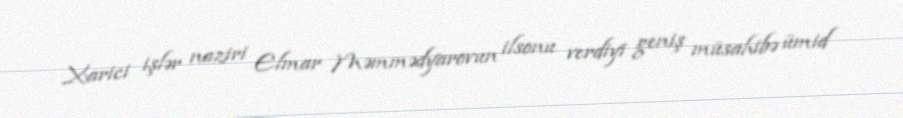
Xarici işlər naziri Elmar Məmmədyarovun ilsonu verdiyi geniş müsahibə ümid